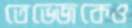
তেভেজকেও